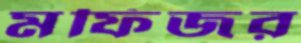
মফিজর